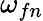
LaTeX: \omega_{fn}